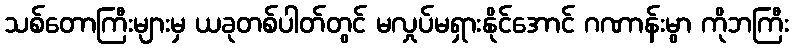
သစ်တောကြီးများမှ ယခုတစ်ပါတ်တွင် မလှုပ်မရှားနိုင်အောင် ဂဏာန်းမွာ ကိုဘကြီး